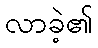
လာခဲ့၏